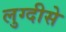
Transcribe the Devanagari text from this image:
लुग्दीसे